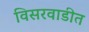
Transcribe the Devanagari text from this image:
विसरवाडीत